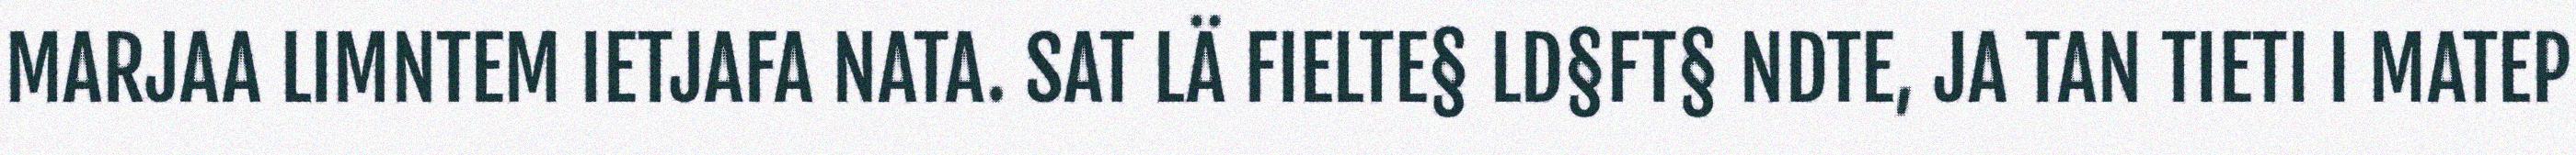
MARJAA LIMNTEM IETJAFA NATA. SAT LÄ FIELTE§ LD§FT§ NDTE, JA TAN TIETI I MATEP